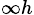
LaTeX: _{\infty h}